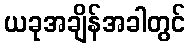
ယခုအချိန်အခါတွင်